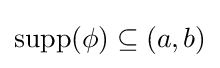
\operatorname {supp} (\phi )\subseteq (a,b)